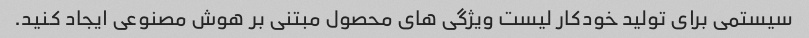
سیستمی برای تولید خودکار لیست ویژگی های محصول مبتنی بر هوش مصنوعی ایجاد کنید.